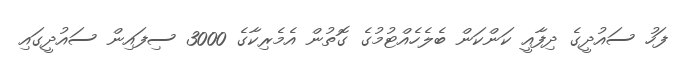
ފަހު ސައުދީގެ ދިފާއީ ކަންކަން ބެލެހެއްޓުމުގެ ގޮތުން އެމެރިކާގެ 3000 ސިފައިން ސައުދީގައި